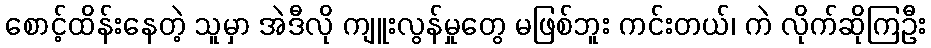
စောင့်ထိန်းနေတဲ့ သူမှာ အဲဒီလို ကျူးလွန်မှုတွေ မဖြစ်ဘူး ကင်းတယ်၊ ကဲ လိုက်ဆိုကြဦး